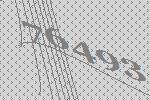
76493